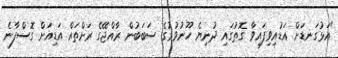
"އަޅުގަނޑަށް އަޑުއިވިފައިވާ ގޮތުގައި ދުނިޔެ ހޫނުވުމުގެ ސަބަބުން ރާއްޖޭގެ ރަށްތައް އަޑިއަށް ގޮސްފާނެ